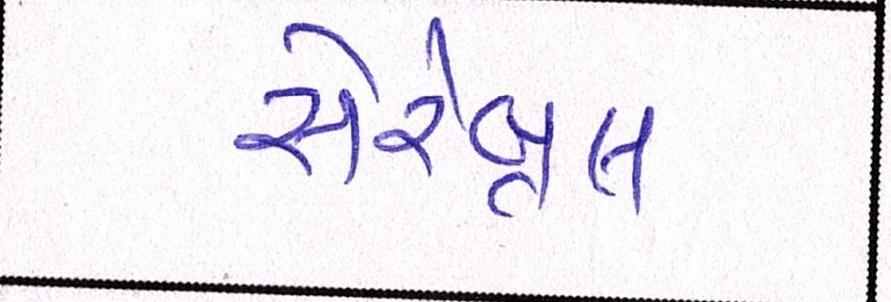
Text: સેરેબ્રલ